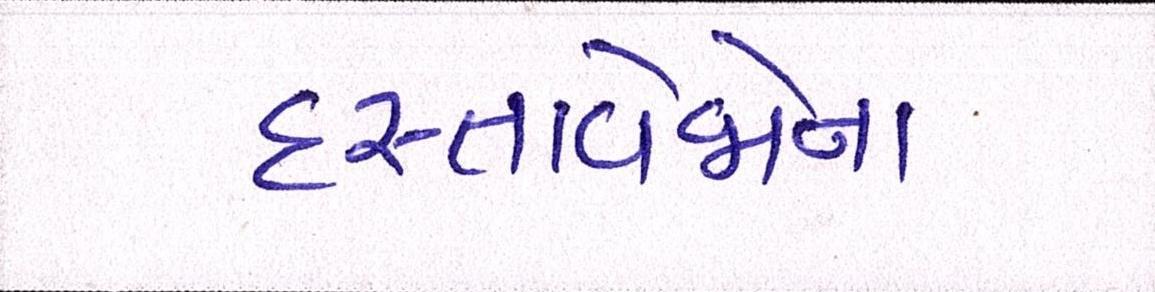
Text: દસ્તાવેજોના